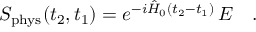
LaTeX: S _ { \mathrm { p h y s } } ( t _ { 2 } , t _ { 1 } ) = e ^ { - i \hat { H } _ { 0 } ( t _ { 2 } - t _ { 1 } ) } \, { \cal E } \ \ \ .